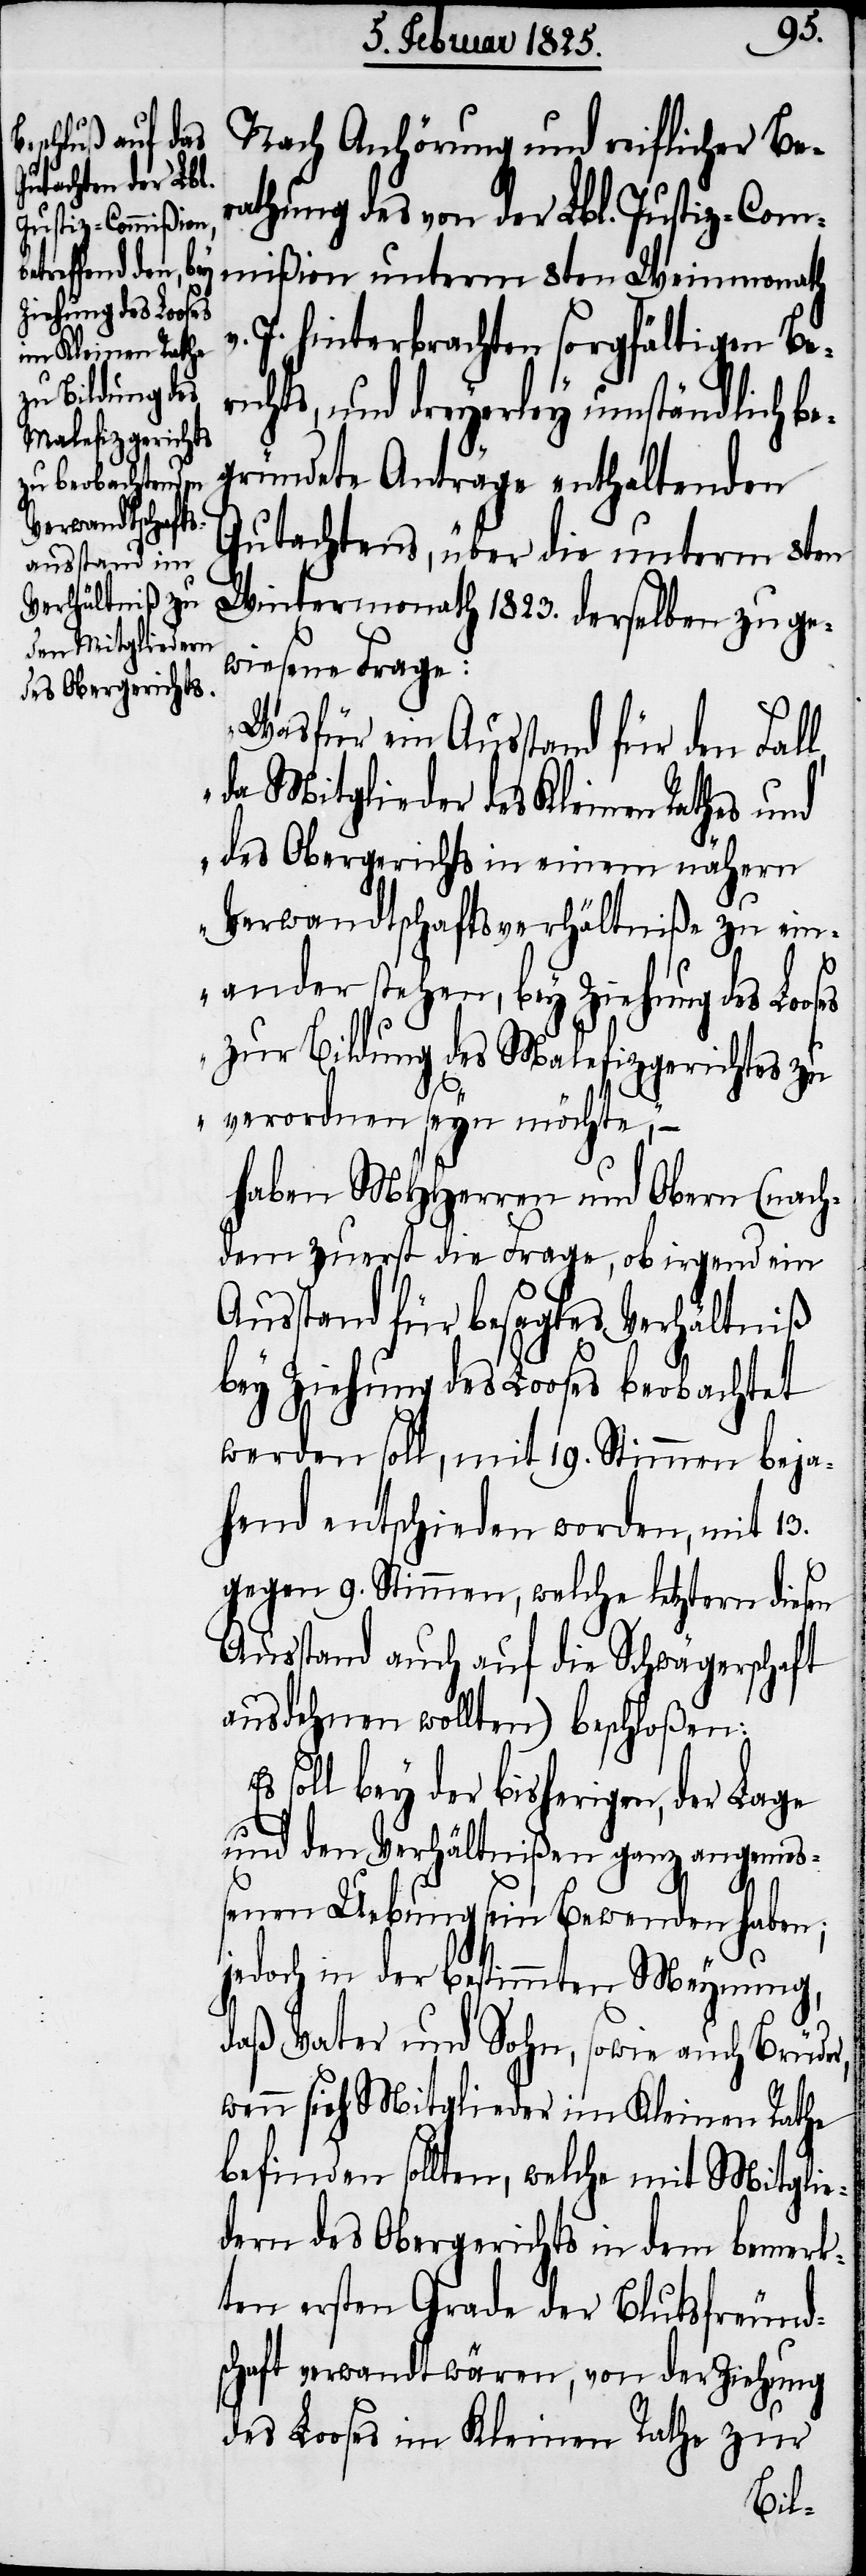
Nach Anhörung und reiflicher Be¬
rathung des von der Lbl. Justiz-Com¬
mißion unterm 8ten Weinmonath
J. hinterbrachten sorgfältigen Ber¬
ichts, und dreyerley umständlich be¬
gründete Anträge enthaltenden
Gutachtens, über die unterm 8ten
Wintermonath 1823. derselben zuge¬
wiesene Frage:
„Wasfür ein Ausstand für den Fall,
da Mitglieder des Kleinen Rathes und
des Obergerichts in einem nähern
Verwandtschaftsverhältniße zu ein¬
v.
ander stehen, bey Ziehung des Looses
zur Bildung des Malefizgerichtes zu
verordnen seyn möchte,“ –
haben MHHerren und Obern (nach¬
dem zuerst die Frage, ob irgend ein
Anstand für besagtes Verhältniß
bey Ziehung des Looses beobachtet
werden soll, mit 19. Stimmen beja¬
hend entschieden worden, mit 13.
gegen 9. Stimmen, welche letztern diesen
Ausstand auch auf die Schwägerschaft
ausdehnen wollten) beschloßen:
soll bey der bisherigen, der Lage
und den Verhältnißen ganz angemeß¬
enen Uebung sein Bewenden haben;
jedoch in der bestimmten Meynung,
daß Vater und Sohn, sowie auch Brüder,
wenn sich Mitglieder im Kleinen Rathe
befinden sollten, welche mit Mitglie¬
dern des Obergerichts in dem bemerk¬
ten ersten Grade der Blutsfreund¬
schaft verwandt wären, von der Ziehung
des Looses im Kleinen Rathe zur